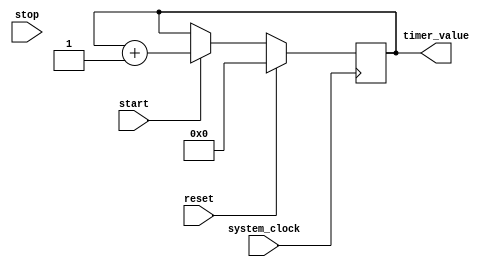
module time_stamp_timer (
    input wire system_clock,
    input wire start,
    input wire stop,
    input wire reset,
    output reg [31:0] timer_value
);

reg [31:0] timer;

always @ (posedge system_clock) begin
    if (reset) begin
        timer <= 32'h0;
    end else if (start) begin
        timer <= timer + 32'h1;
    end else if (stop) begin
        // do nothing
    end
end

assign timer_value = timer;

endmodule